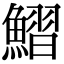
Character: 鰼